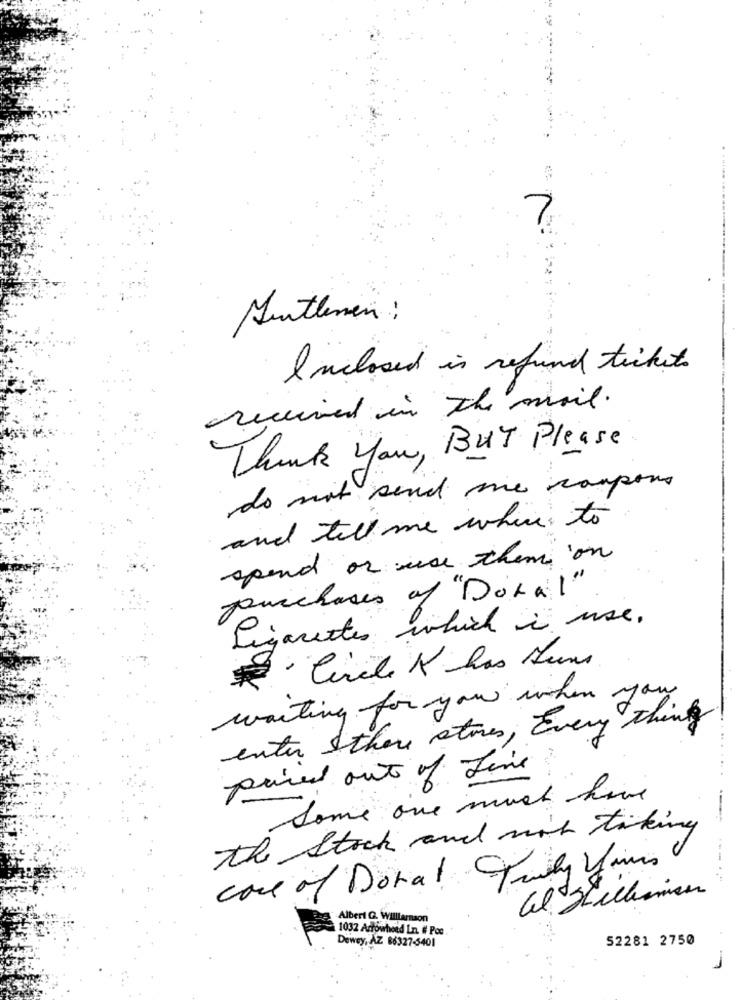
7
Suitlenen :
Inclosed is refund tickets
received in the mail.
Thank you, BUT Please
do not send me coupons
and tell me where to
spend or use them on
purchases of "Doral"
Ligarettes which i use .
Circle K has Lums
waiting for you when you
enter there stores , Every thing
pried out of fine
must have
Some one in
the Stock and mit taking
core of Donal Fully Yours
Albert Q. Williamson
1032 Adowhoed In. # Poe
Dewey, AZ 86327-6401
52281 2750